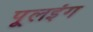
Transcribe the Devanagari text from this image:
पूलइंग